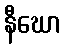
နီဃော